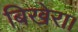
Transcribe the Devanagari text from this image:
बिखेरा।